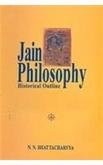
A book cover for Jain Philosophy- historical outline; N. N. Bhattacharyya; Religion & Spirituality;